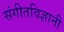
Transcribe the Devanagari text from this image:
संगीतविज्ञानी